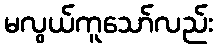
မလွယ်ကူသော်လည်း